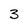
Character: 3